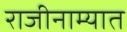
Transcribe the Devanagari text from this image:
राजीनाम्यात